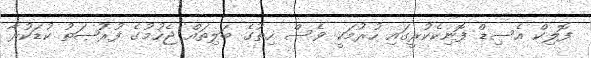
ފޮލިކް އެސިޑް ފޮނިކެކުރީގައި ހުރުމަކީ ވެސް ހިތުގެ ބަލިތައް ޖެހުމުގެ ފުރުޞަތު ކުޑަކުރާ